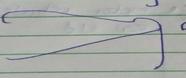
Signature authenticity: forged